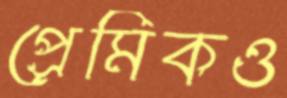
প্রেমিকও